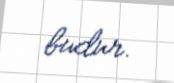
budur.